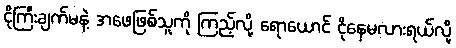
ငိုကြီးချက်မနဲ့ အဖေဖြစ်သူကို ကြည့်လို့ ရောယောင် ငိုနေမလားရယ်လို့